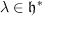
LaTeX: \lambda \in { \mathfrak { h } } ^ { * }